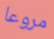
مروعا